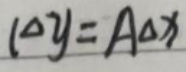
$(\Delta y = A\Delta x)$